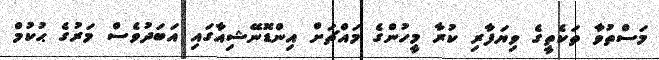
މަސްތުވާ ތަކެތީގެ ވިޔަފާރި ކުރާ މީހުންގެ މައްޗަށް އިންޑޮނޭޝިއާގައި އަބަދުވެސް މަރުގެ ޙުކުމް